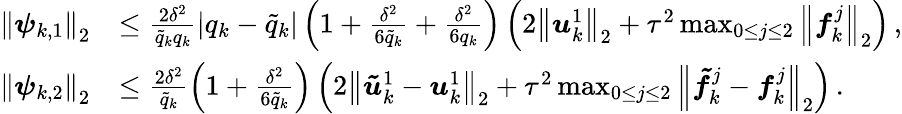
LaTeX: \begin{array}{rl}{{\left\| {\boldsymbol{\psi}}_{k,1}\right\| }_{2}}&{\leq\frac{2{\delta}^{2}}{{\tilde{q}}_{k}{q}_{k}}\left|{q}_{k}-{\tilde{q}}_{k}\right|\left(1+\frac{{\delta}^{2}}{{6}{\tilde{q}}_{k}}+\frac{{\delta}^{2}}{{6}{q}_{k}}\right)\left(2{\left\| {\boldsymbol{u}}_{k}^{1}\right\| }_{2}+{\tau}^{2}\operatorname*{max}_{0\leq j\leq 2}{{\left\| {\boldsymbol{f}}_{k}^{j}\right\| }_{2}}\right)\, ,}\\ {{\left\| {\boldsymbol{\psi}}_{k,2}\right\| }_{2}}&{\leq\frac{2{\delta}^{2}}{{\tilde{q}}_{k}}\left(1+\frac{{\delta}^{2}}{6{\tilde{q}}_{k}}\right)\left(2{\left\| {\boldsymbol{\tilde{u}}}_{k}^{1}-{\boldsymbol{u}}_{k}^{1}\right\| }_{2}+{\tau}^{2}\operatorname*{max}_{0\leq j\leq 2}{{\left\| {\boldsymbol{\tilde{f}}}_{k}^{j}-{\boldsymbol{f}}_{k}^{j}\right\| }_{2}}\right)\, .}\end{array}